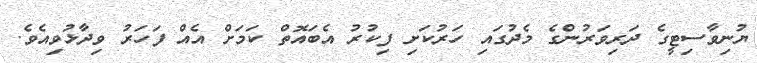
ޔުނިވާސިޓީގެ ދަރިވަަރުންގެ މެދުގައި ހަރުކަށި ފިކުރު އެބައޮތް ކަަމަށް އެއް ފަހަރު ވިދާޅުވިއެވެ.